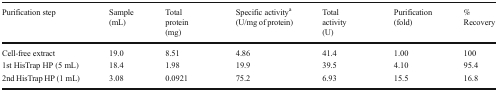
| Purification step | Sample (mL) | Total protein (mg) | Specific activitya (U/mg of protein) | Total activity (U) | Purification (fold) | % Recovery |
 | --- | --- | --- | --- | --- | --- | --- |
 | Cell-free extract | 19.0 | 8.51 | 4.86 | 41.4 | 1.00 | 100 |
 | 1st HisTrap HP (5 mL) | 18.4 | 1.98 | 19.9 | 39.5 | 4.10 | 95.4 |
 | 2nd HisTrap HP (1 mL) | 3.08 | 0.0921 | 75.2 | 6.93 | 15.5 | 16.8 |